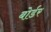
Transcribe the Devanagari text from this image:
बोर्डर